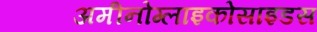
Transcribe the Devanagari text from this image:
अमीनोग्लाइकोसाइडस